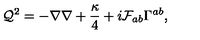
{ \cal Q } ^ { 2 } = - \nabla \nabla + \frac { \kappa } { 4 } + i { \cal F } _ { a b } \Gamma ^ { a b } ,